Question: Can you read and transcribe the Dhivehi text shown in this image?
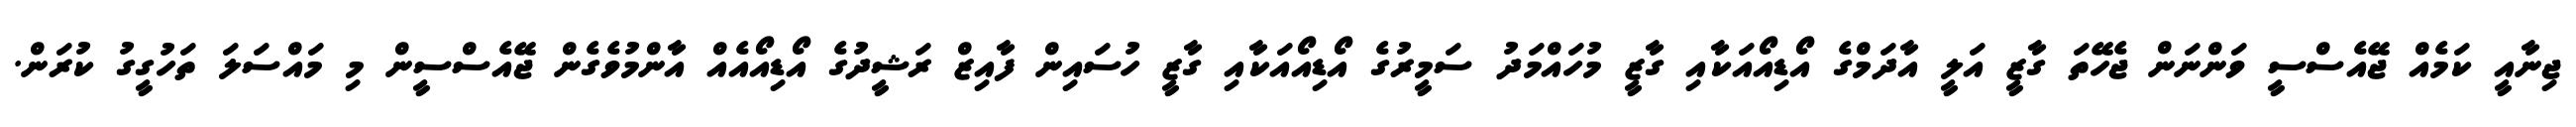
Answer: ޖިނާއީ ކަމެއް ޖޭއެސްސީ ވަންނަން ޖެހޭތަ ގާޒީ އަލީ އާދަމްގެ އޯޑިއޯއަކާއި ގާޒީ މުހައްމަދު ސަމީރުގެ އޯޑިއޯއަކާއި ގާޒީ ހުސައިން ފާއިޒް ރަޝީދުގެ އޯޑިއޯއެއް އާންމުވެގެން ޖޭއެސްސީން މި މައްސަލަ ތަހުގީގު ކުރަން.